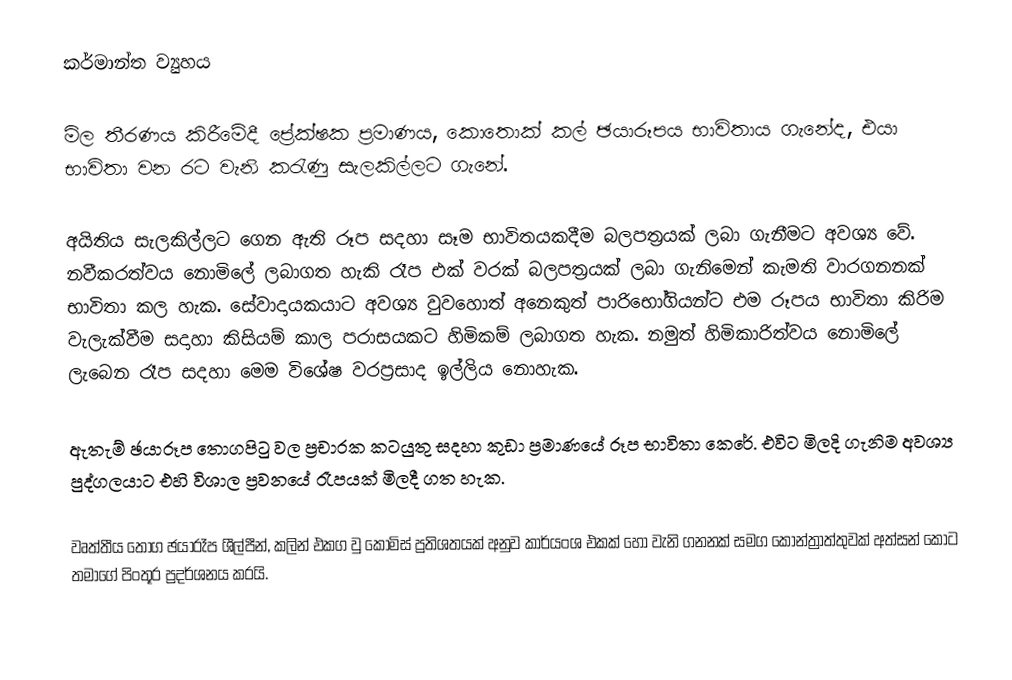
කර්මාන්ත ව්‍යුහය

මිල තීරණය කිරීමේදී ප්‍රේක්ෂක ප්‍රමාණය, කොතොක් කල් ඡයාරූපය භාවිතාය ගැනේද, එයා භාවිතා වන රට වැනි කරැණු සැලකිල්ලට ගැනේ.

අයිතිය සැලකිල්ලට ගෙන ඇති රූප සදහා සෑම භාවිතයකදීම බලපත්‍රයක් ලබා ගැනීමට අවශ්‍ය වේ. නවීකරත්වය නොමිලේ ලබාගත හැකි රෑප එක් වරක් බලපත්‍රයක් ලබා ගැනිමෙන් කැමති වාරගනනක් භාවිතා කල හැක. සේවාදායකයාට අවශ්‍ය වුවහොත් අනෙකුත් පාරිභෝගියන්ට එම රූපය භාවිතා කිරිම වැලැක්වීම සදාහා කිසියම් කාල පරාසයකට හිමිකම් ලබාගත හැක. නමුත් හිමිකාරිත්වය නොමිලේ ලැබෙන රෑප සදහා මෙම විශේෂ වරප්‍රසාද ඉල්ලිය නොහැක.

ඇතැම් ඡයාරූප තොගපිටු වල ප්‍රචාරක කටයුතු සදහා කුඩා ප්‍රමාණයේ රූප භාවිතා කෙරේ. එවිට මිලදි ගැනිම අවශ්‍ය පුද්ගලයාට එහි විශාල ප්‍රවනයේ රෑපයක් මිලදී ගත හැක.

වෘත්තීය තොග ඡයාරෑප ශීල්පීන්, කලින් එකග වු කොමිස් ප්‍රතිශතයක් අනුව කාර්යංශ එකක් හෝ වැනි ගනනක් සමග කොන්ත්‍රාත්තුවක් අත්සන් කොට තමාගේ පිංතූර ප්‍රදර්ශනය කරයි.